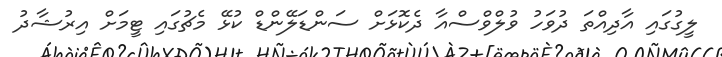
ލީގުގައި އާދިއްތަ ދުވަހު ވުލްވްސްއާ ދެކޮޅަށް ސަންޑަލޭންޑް ކުޅޭ މެޗުގައި ޓީމަށް އިރުޝާދު